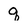
Character: q